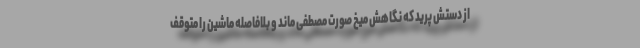
از دستش پرید که نگاهش میخ صورت مصطفی ماند و بلافاصله ماشین را متوقف